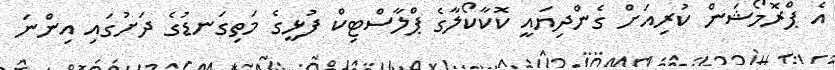
އެ ޕްރޮމޯޝަން ކުރިއަށް ގެންދިޔައީ ކޮކާކޯލާގެ ޕްލާސްޓިކް ފުޅީގެ މަތިގަނޑުގެ ދަށުގައި އިންނަ